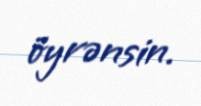
öyrənsin.